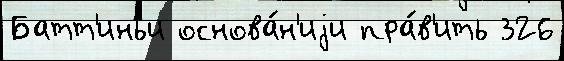
Батт'иньи основа́н'иjи пра́в'ить 326